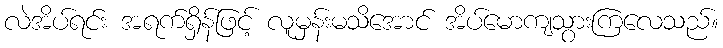
လဲအိပ်ရင်း အရက်ရှိန်ဖြင့် လူမှန်းမသိအောင် အိပ်မောကျသွားကြလေသည်။